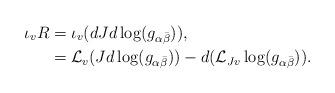
LaTeX: \begin{align*}\iota_vR &= \iota_v(dJd\log(g_{\alpha\bar{\beta}})), \\&= \mathcal{L}_v(Jd\log(g_{\alpha\bar{\beta}}))-d(\mathcal{L}_{Jv}\log(g_{\alpha\bar{\beta}})).\end{align*}